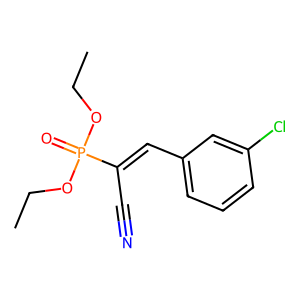
SMILES: CCOP(=O)(OCC)C(C#N)=Cc1cccc(Cl)c1
Inhibits HIV replication: No